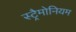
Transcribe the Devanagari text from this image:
स्ट्रैमोनियम